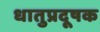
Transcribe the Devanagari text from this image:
धातुप्रदूषक